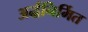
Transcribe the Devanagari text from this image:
अर्द्धनिर्मित